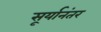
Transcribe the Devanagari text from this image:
सूर्यानंतर